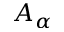
A _ { \alpha }